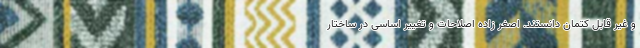
و غیر قابل کتمان دانستند. اصغر زاده اصلاحات و تغییر اساسی در ساختار